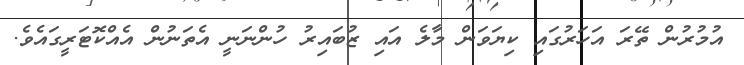
އުމުރުން ތޭރަ އަހަރުގައި ކިޔަވަން މާލެ އައި ޒުބައިރު ހުންނަނީ އެތަނުން އެއްކޮޓަރީގައެވެ.